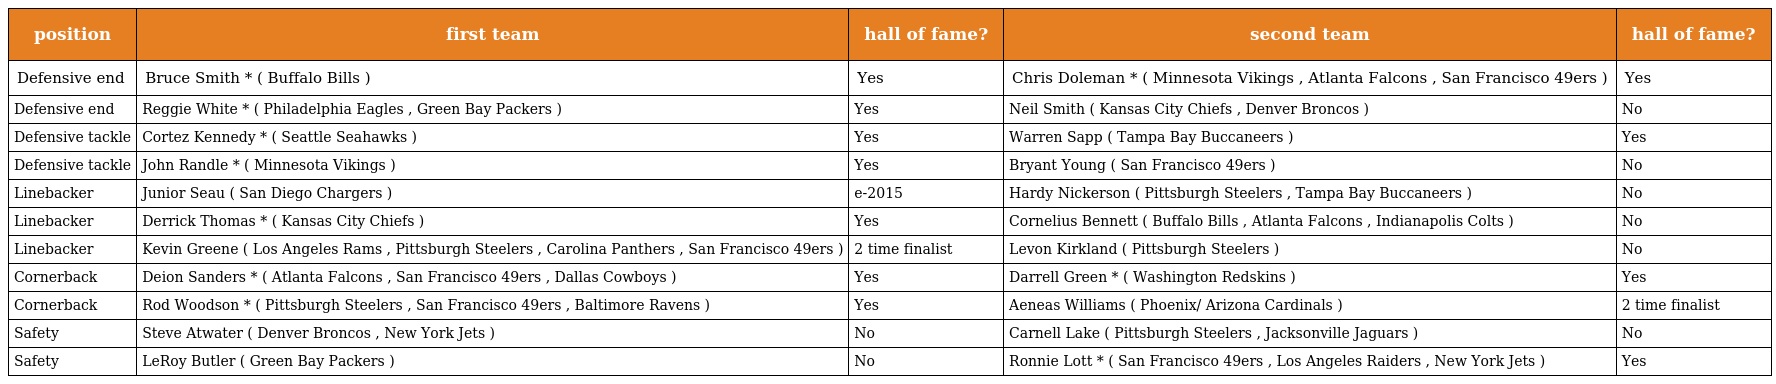
| position | first team | hall of fame? | second team | hall of fame? |
 | --- | --- | --- | --- | --- |
 | Defensive end | Bruce Smith * ( Buffalo Bills ) | Yes | Chris Doleman * ( Minnesota Vikings , Atlanta Falcons , San Francisco 49ers ) | Yes |
 | Defensive end | Reggie White * ( Philadelphia Eagles , Green Bay Packers ) | Yes | Neil Smith ( Kansas City Chiefs , Denver Broncos ) | No |
 | Defensive tackle | Cortez Kennedy * ( Seattle Seahawks ) | Yes | Warren Sapp ( Tampa Bay Buccaneers ) | Yes |
 | Defensive tackle | John Randle * ( Minnesota Vikings ) | Yes | Bryant Young ( San Francisco 49ers ) | No |
 | Linebacker | Junior Seau ( San Diego Chargers ) | e-2015 | Hardy Nickerson ( Pittsburgh Steelers , Tampa Bay Buccaneers ) | No |
 | Linebacker | Derrick Thomas * ( Kansas City Chiefs ) | Yes | Cornelius Bennett ( Buffalo Bills , Atlanta Falcons , Indianapolis Colts ) | No |
 | Linebacker | Kevin Greene ( Los Angeles Rams , Pittsburgh Steelers , Carolina Panthers , San Francisco 49ers ) | 2 time finalist | Levon Kirkland ( Pittsburgh Steelers ) | No |
 | Cornerback | Deion Sanders * ( Atlanta Falcons , San Francisco 49ers , Dallas Cowboys ) | Yes | Darrell Green * ( Washington Redskins ) | Yes |
 | Cornerback | Rod Woodson * ( Pittsburgh Steelers , San Francisco 49ers , Baltimore Ravens ) | Yes | Aeneas Williams ( Phoenix/ Arizona Cardinals ) | 2 time finalist |
 | Safety | Steve Atwater ( Denver Broncos , New York Jets ) | No | Carnell Lake ( Pittsburgh Steelers , Jacksonville Jaguars ) | No |
 | Safety | LeRoy Butler ( Green Bay Packers ) | No | Ronnie Lott * ( San Francisco 49ers , Los Angeles Raiders , New York Jets ) | Yes |